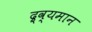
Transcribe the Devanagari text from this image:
द्र्व्यमान